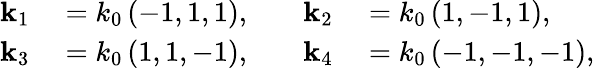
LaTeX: \begin{array}{rl}{\mathbf{k}_{1}}&{{}=k_{0}\left(-1,1,1\right),}\\ {\mathbf{k}_{3}}&{{}=k_{0}\left(1,1,-1\right),}\end{array}\qquad\begin{array}{rl}{\mathbf{k}_{2}}&{{}=k_{0}\left(1,-1,1\right),}\\ {\mathbf{k}_{4}}&{{}=k_{0}\left(-1,-1,-1\right),}\end{array}